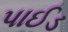
પાઈડ